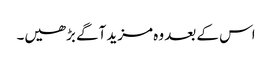
اس کے بعد وہ مزید آگے بڑھیں۔